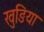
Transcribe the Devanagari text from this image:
खुङिया